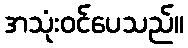
အသုံးဝင်ပေသည်။